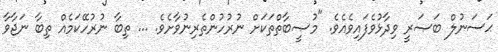
ޙަސަނުލް ބަޞަރީ ވިދާޅުވެފައިވެއެވެ. "މުޞީބާތްތަކަށް ނުރުހުންތެރިނުވާށެވެ. ... ތިބާ ނުރުހޭކަމެއް ތިބާ ނަޖާވާ